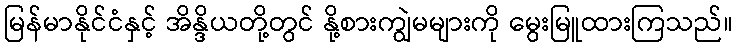
မြန်မာနိုင်ငံနှင့် အိန္ဒိယတို့တွင် နို့စားကျွဲမများကို မွေးမြူထားကြသည်။